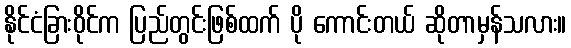
နိုင်ငံခြားဝိုင်က ပြည်တွင်းဖြစ်ထက် ပို ကောင်းတယ် ဆိုတာမှန်သလား။